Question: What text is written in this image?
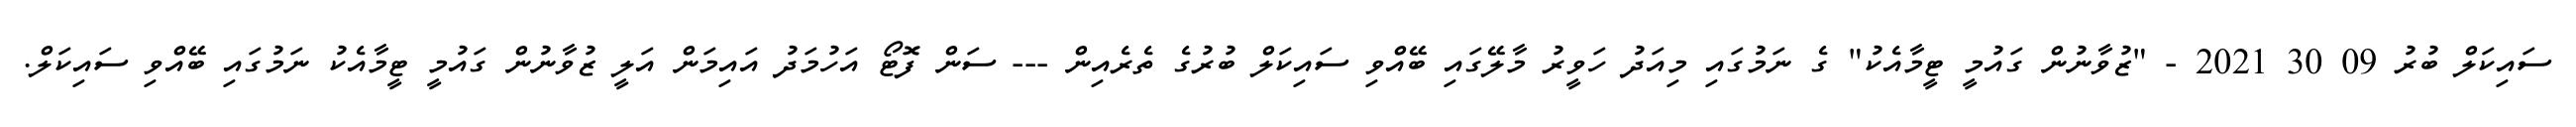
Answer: ސައިކަލް ބުރު 09 30 2021 - "ޒުވާނުން ގައުމީ ޓީމާއެކު" ގެ ނަމުގައި މިއަދު ހަވީރު މާލޭގައި ބޭއްވި ސައިކަލް ބުރުގެ ތެރެއިން --- ސަން ފޮޓޯ އަހުމަދު އައިމަން އަލީ ޒުވާނުން ގައުމީ ޓީމާއެކު ނަމުގައި ބޭއްވި ސައިކަލް.